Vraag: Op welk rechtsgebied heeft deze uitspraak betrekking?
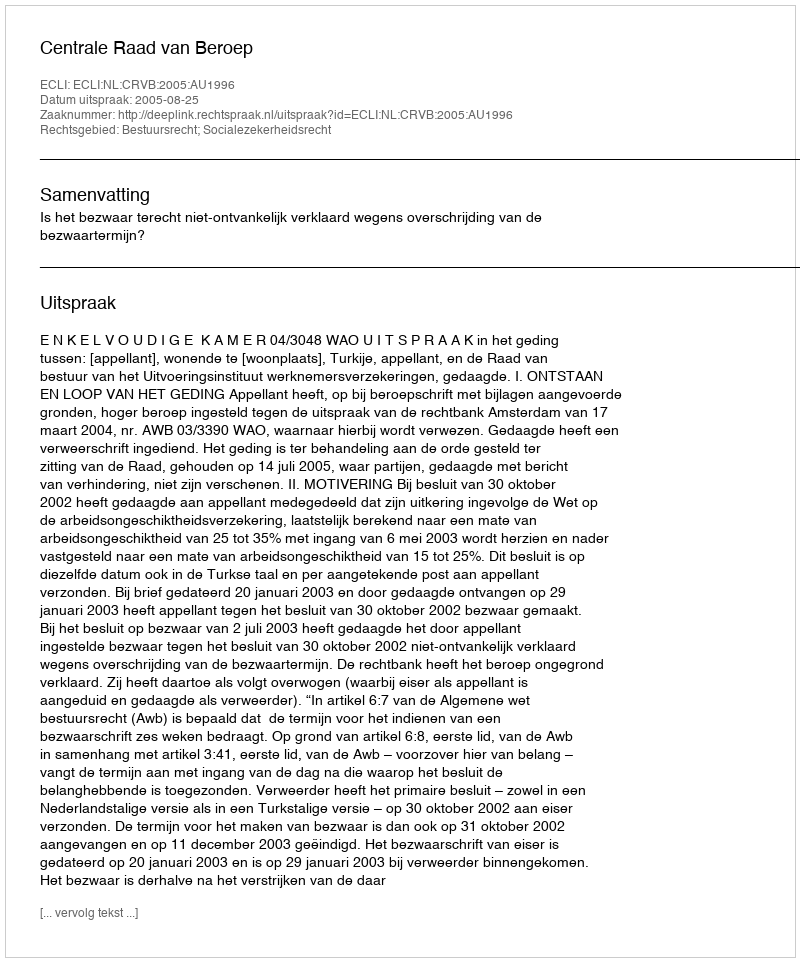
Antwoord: Bestuursrecht; Socialezekerheidsrecht